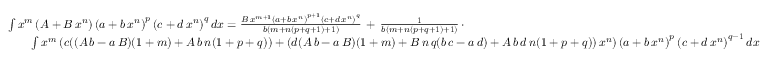
{ \begin{array} { r l } & { \int x ^ { m } \left( A + B \, x ^ { n } \right) \left( a + b \, x ^ { n } \right) ^ { p } \left( c + d \, x ^ { n } \right) ^ { q } d x = { \frac { B \, x ^ { m + 1 } \left( a + b \, x ^ { n } \right) ^ { p + 1 } \left( c + d \, x ^ { n } \right) ^ { q } } { b ( m + n ( p + q + 1 ) + 1 ) } } \, + \, { \frac { 1 } { b ( m + n ( p + q + 1 ) + 1 ) } } \, \cdot } \\ & { \qquad \int x ^ { m } \left( c ( ( A \, b - a \, B ) ( 1 + m ) + A \, b \, n ( 1 + p + q ) ) + ( d ( A \, b - a \, B ) ( 1 + m ) + B \, n \, q ( b \, c - a \, d ) + A \, b \, d \, n ( 1 + p + q ) ) \, x ^ { n } \right) \left( a + b \, x ^ { n } \right) ^ { p } \left( c + d \, x ^ { n } \right) ^ { q - 1 } d x } \end{array} }